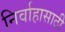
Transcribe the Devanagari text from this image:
निर्वाहासाठी